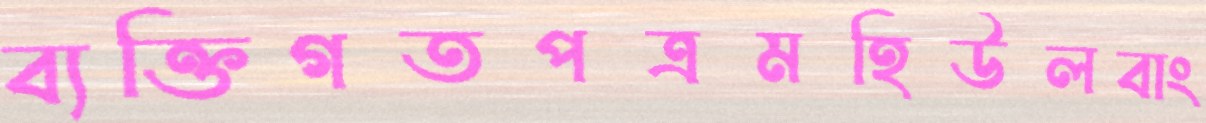
ব্যক্তিগতপত্রমহিউলবাং